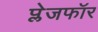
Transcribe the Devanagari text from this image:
प्लेजफॉर